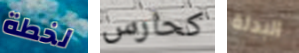
لخطة كحارس البدلة